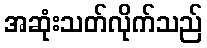
အဆုံးသတ်လိုက်သည်